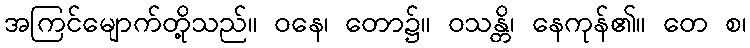
အကြင်မျောက်တို့သည်။ ဝနေ၊ တော၌။ ဝသန္တိ၊ နေကုန်၏။ တေ စ၊